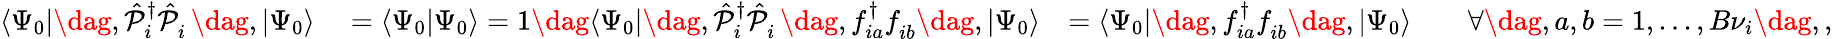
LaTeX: \begin{array}{rlr}{\langle\Psi_{0}|\dag,\hat{\mathcal{P}}_{i}^{{\dagger}}\hat{\mathcal{P}}_{i}^{\phantom{\dagger}}\dag,|\Psi_{0}\rangle}&{{}=\langle\Psi_{0}|\Psi_{0}\rangle=1\dag\langle\Psi_{0}|\dag,\hat{\mathcal{P}}_{i}^{{\dagger}}\hat{\mathcal{P}}_{i}^{\phantom{\dagger}}\dag,f_{ia}^{\dagger}f_{ib}^{\phantom{\dagger}}\dag,|\Psi_{0}\rangle}&{=\langle\Psi_{0}|\dag,f_{ia}^{\dagger}f_{ib}^{\phantom{\dagger}}\dag,|\Psi_{0}\rangle\qquad\forall\dag,a,b=1,...,B{\nu}_{i}\dag,,}\end{array}